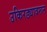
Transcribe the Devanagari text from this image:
उकिरड्यावरून